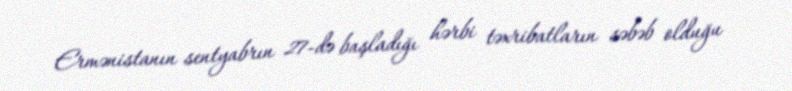
Ermənistanın sentyabrın 27-də başladığı hərbi təxribatların səbəb olduğu